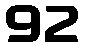
92